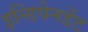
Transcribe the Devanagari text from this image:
इन्डिपेनडेंट